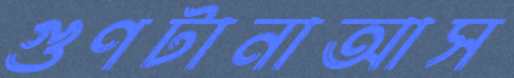
গুণটানাআস